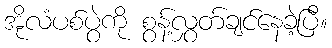
အိုလံပစ်ပွဲကို စွန့်လွှတ်ချင်နေခဲ့ပြီ။